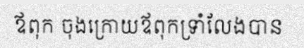
ឪពុក ចុងក្រោយឪពុកទ្រាំលែងបាន